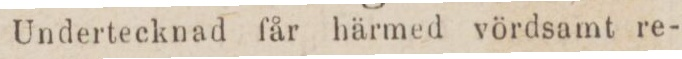
Undertecknad får härmed vördsamt re-